Juuru_vallavalitsus, lk 30
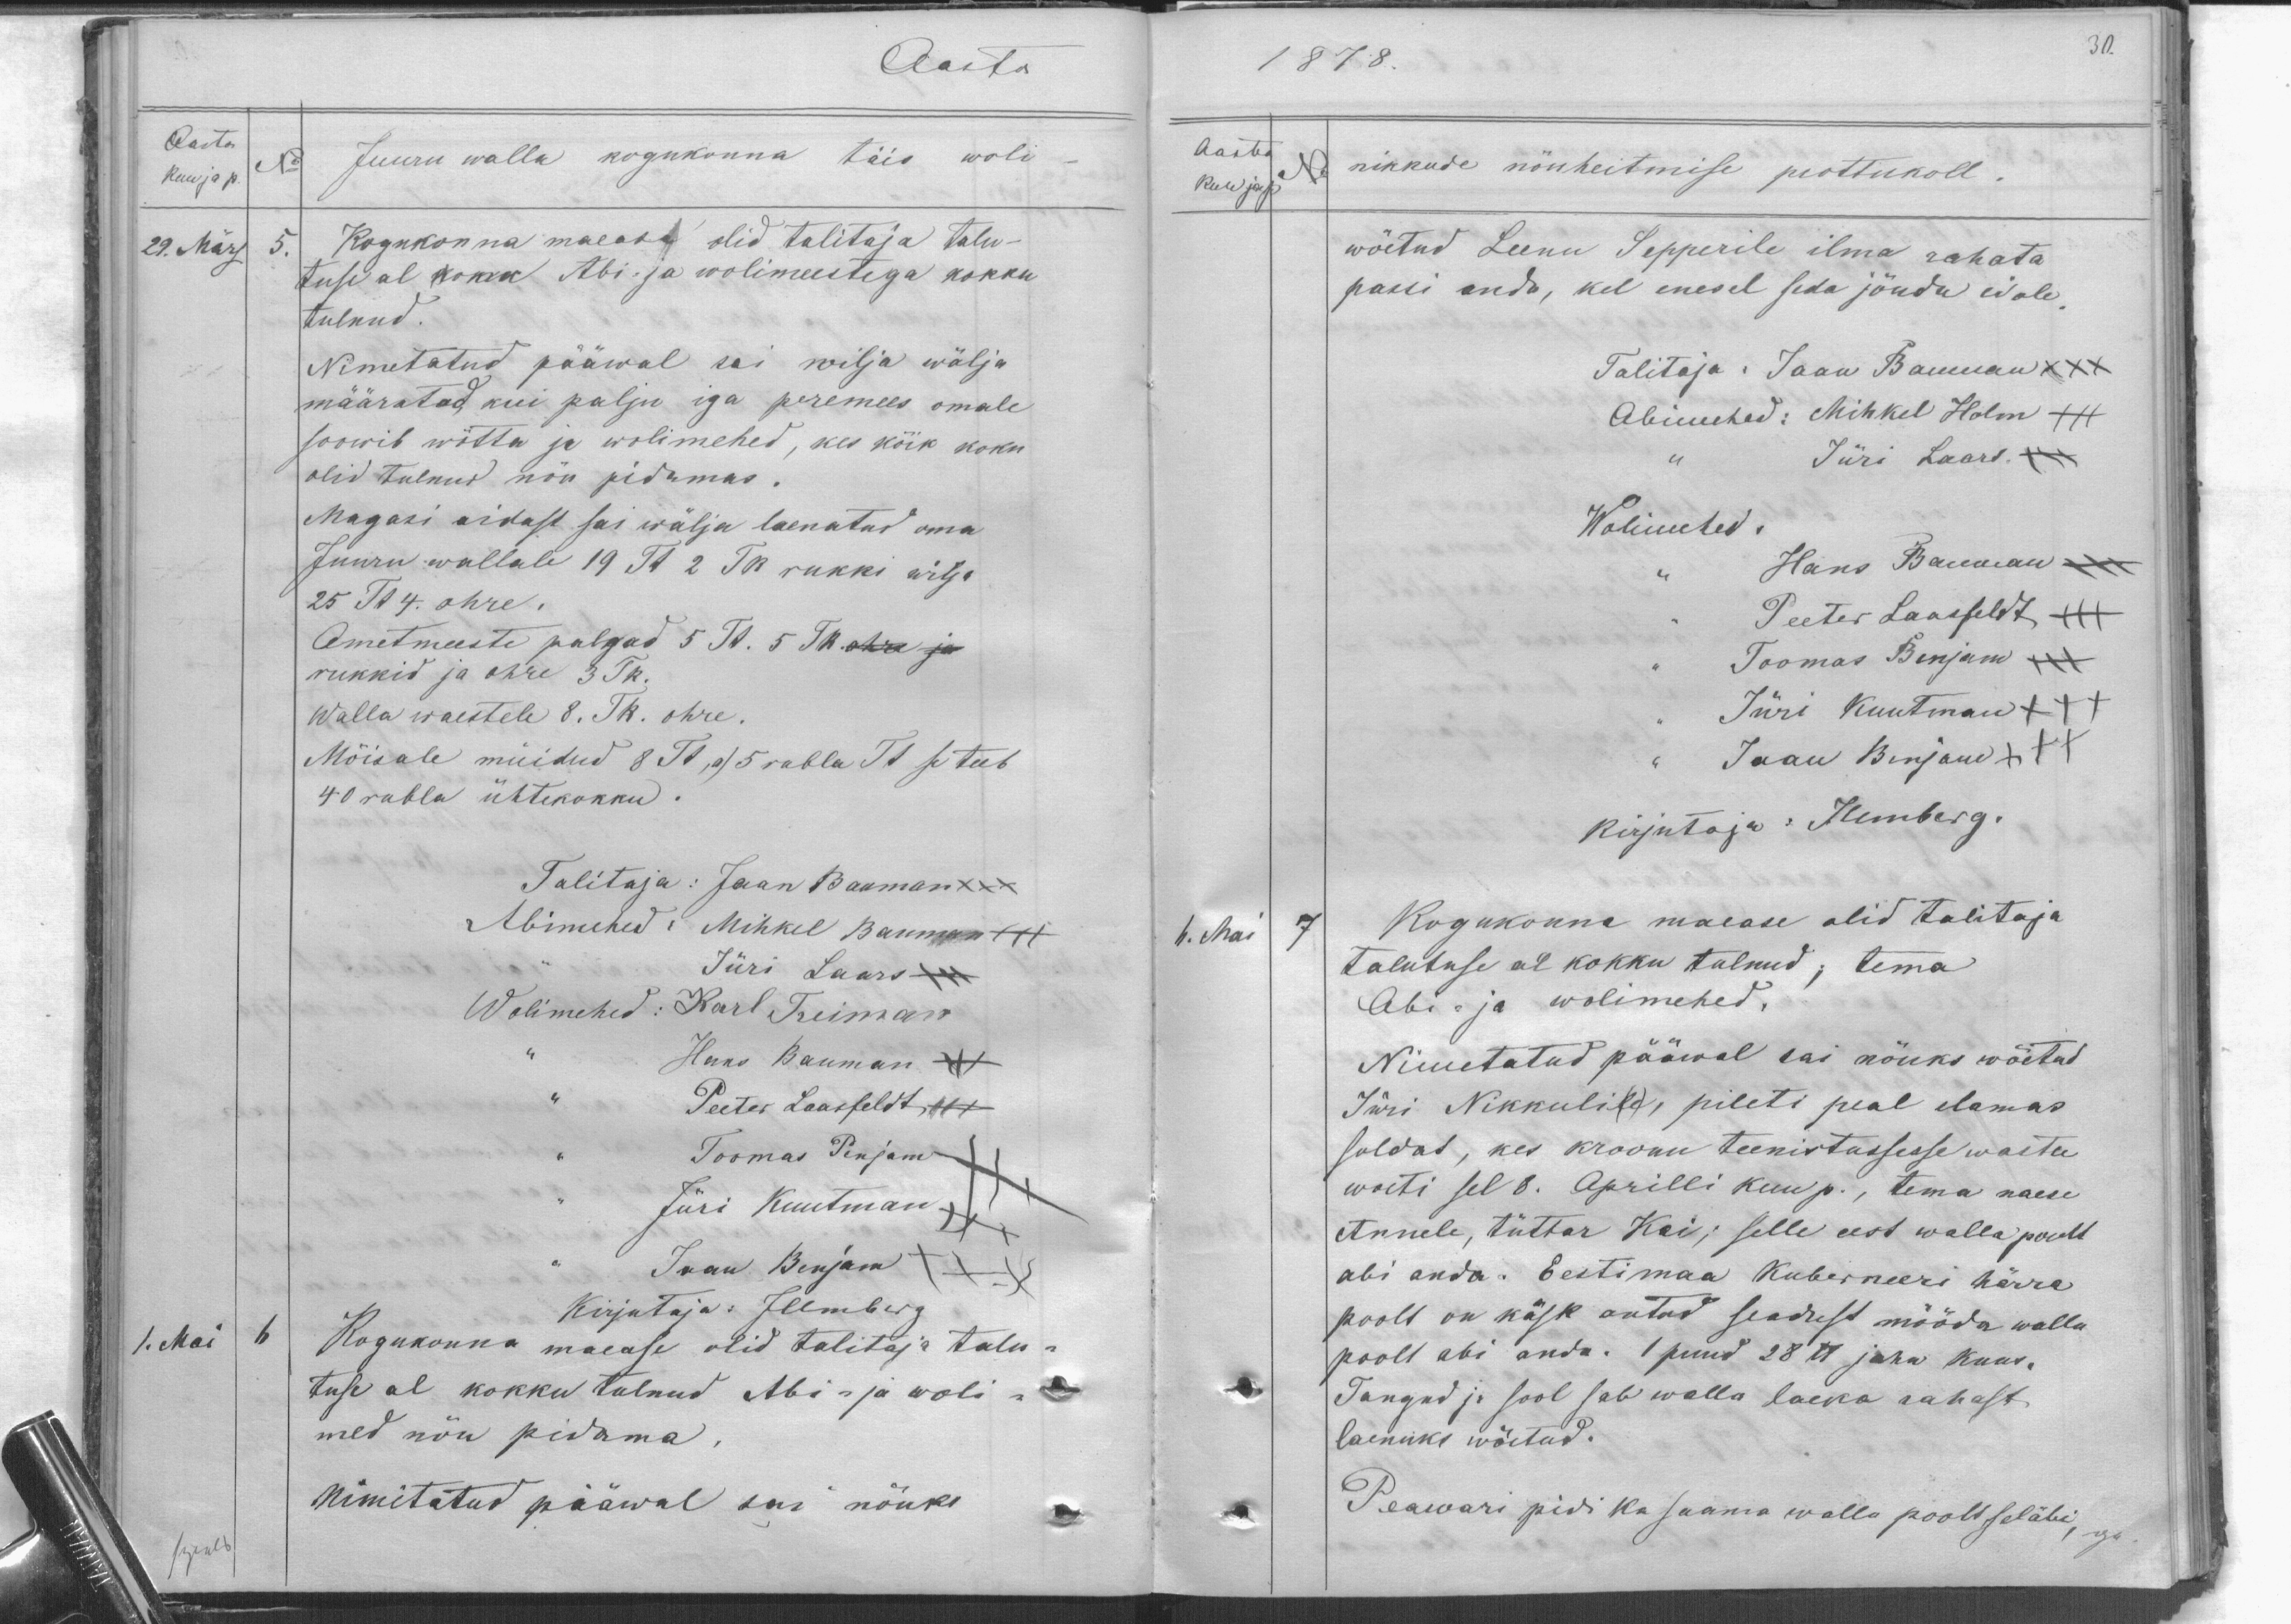
Aasta
Aasta
No
kuu ja p.
29. März 5.
Juuru walla kogukonna täis woli
Kogukonna maese olid talitaja tali-
tuse al kokk Abi- ja wolimeestega kokku
tulnud.
Nimetatud pääwal sai wilja wälja
määratud, kui palju iga peremees omale
soowib wõtta ja wolimehed, kes kõik koku
olid tulnud nõu pidamas.
Magasi aidast sai wälja laenatud oma
Juuru wallale 19 Tk 2 TK rukki wilja
25 Tl 4. ohre.
Ametmeeste palgad 5 Tt. 5 Th. ohre ja
rukkid ja ohre 3 Tk.
Walla waestele 8. Tk. ohre.
Mõisale müidud 8 Tt, a) 5 rubla Tt se teeb
40 rubla ühtekokku.
Talitaja: Jaan Bauman xxx
Abimehed: Mihkel Baumann +++
Jüri Laars
Wolimehed: Karl Treiman
Hans Bauman XXX
Peeter Laasfeldt XXX
Toomas Penjam
Jüri Kuutman
Jaan Benjam XXX
Kirjutaja: Jlemberg
1. Mai 6
Kogukonna maease olid talitaja talu-
tuse al kokku tulnud Abi- ja woli-
med nõu pidama,
Nimitatud pääwal sai nõuks

1878.
30.
Aasta
kuu ja p
No. nikkude nõuheitmise prottukoll.
wõetud Leenu Sepperile ilma rahata
passi anda, kel enesel seda jõudu ei ole,
Talitaja: Jaan Bauman XXX
Abimehed: Mihkel Holm XXX
Jüri Laars.
Wolimehed.
Hans Baumann
Peeter Laasfeldt XXX
Toomas Benjam
Jüri Kuutman +++
Jaan Benjam XXX
kirjutaja: Jlemberg
6. Mai 7
Kogukonna maease olid talitaja
talutuse al kokku tulnud; tema
Abi- ja wolimehed.
Nimetatud pääwal sai nõuks wõetud
Jüri Nikkulile, pileti peal elamas
soldat, kes kroonu teenistussesse wastu
wõeti sel 8. Aprilli kuu p., tema naese
Annele, tüttar Kai; selle eest walla poolt
abi anda. Eestimaa Kuberneeri härra
poolt on käsk antud seadust mööda walla
pooll abi anda. 1 puud 28 tt jahu kuus-
Tangud ja sool sab walla laeka rahast
laenuks wõetud.
Peawari pidi ka saama walla poolt seläbi,